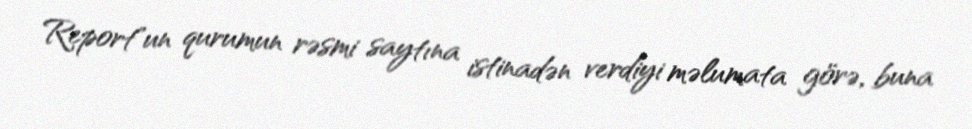
Report"un qurumun rəsmi saytına istinadən verdiyi məlumata görə, buna